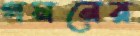
গমনের